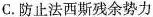
C.防止法西斯残余势力